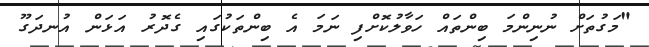
"މަގުތަށް ނުނިންމަ ބިންތައް ހަވާލުކޮށްފި ނަމަ އެ ބިންތަކުގައި ގެދޮރު އަޅަން އުނދަގޫ